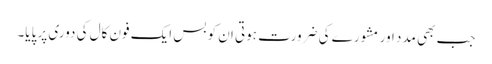
جب بھی مدد اور مشورے کی ضرورت ہوتی ان کو بس ایک فون کال کی دوری پر پایا۔